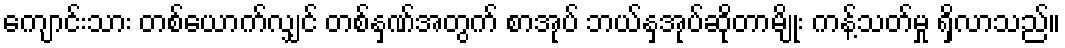
ကျောင်းသား တစ်ယောက်လျှင် တစ်နှဏ်အတွက် စာအုပ် ဘယ်နှအုပ်ဆိုတာမျိုး ကန့်သတ်မှု ရှိလာသည်။